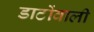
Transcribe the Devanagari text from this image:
डाटोंवाली